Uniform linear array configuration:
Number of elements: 16
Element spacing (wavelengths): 1
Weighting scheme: kaiser
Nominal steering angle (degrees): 45
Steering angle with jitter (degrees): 43.788
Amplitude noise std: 0.05
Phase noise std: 0.05

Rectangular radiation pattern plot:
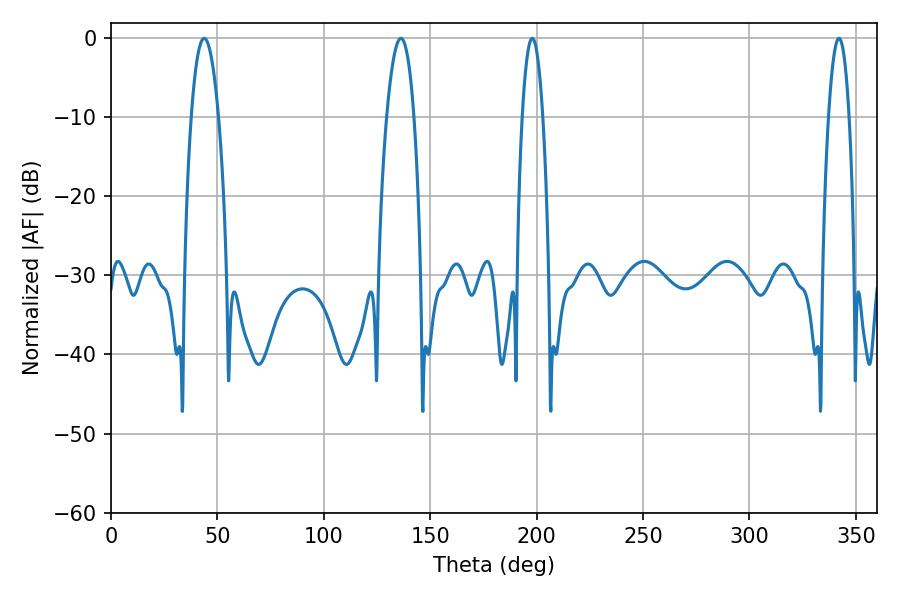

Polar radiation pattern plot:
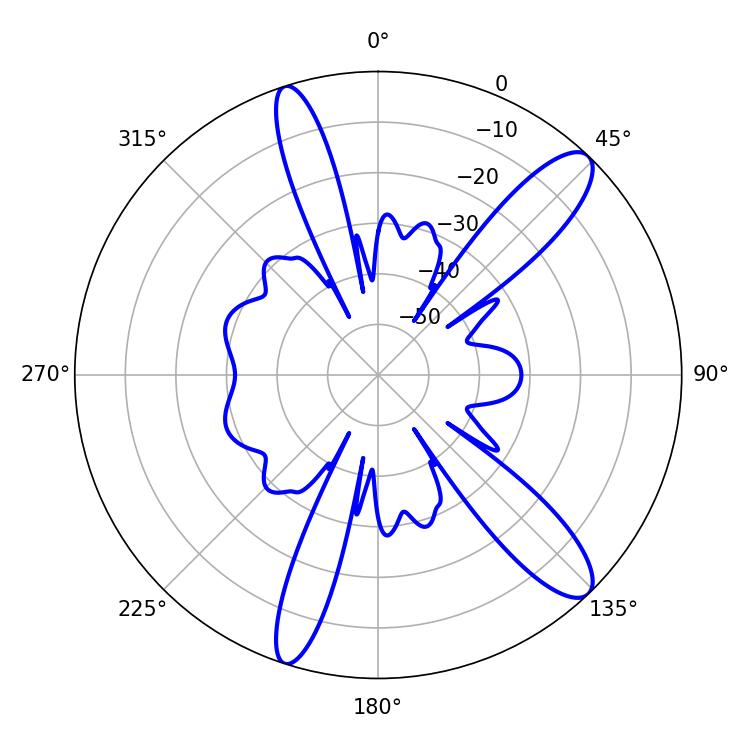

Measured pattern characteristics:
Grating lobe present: TRUE
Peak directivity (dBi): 12.176
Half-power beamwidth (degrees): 7.2
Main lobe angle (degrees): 43.74